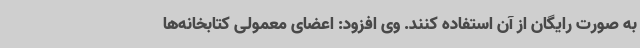
به‌ صورت رایگان از آن استفاده کنند. وی افزود: اعضای معمولی کتابخانه‌ها